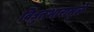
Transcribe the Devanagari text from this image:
विद्युतभारामुळे